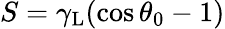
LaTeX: S=\gamma_{\mathrm{L}}(\cos\theta_{0}-1)